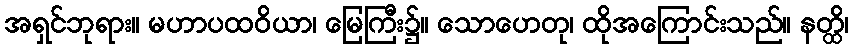
အရှင်ဘုရား။ မဟာပထဝိယာ၊ မြေကြီး၌။ သောဟေတု၊ ထိုအကြောင်းသည်။ နတ္ထိ၊